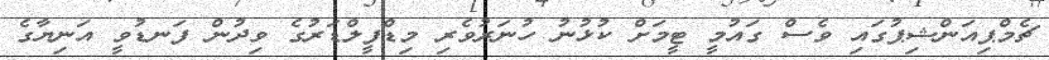
ޗެމްޕިއަންޝިޕުގައި ވެސް ގައުމީ ޓީމަށް ކުޅުނު ހުނަރުވެރި މިޑްފީލްޑަރުގެ ވިދުން ފަނޑުވީ އަނިޔާގެ